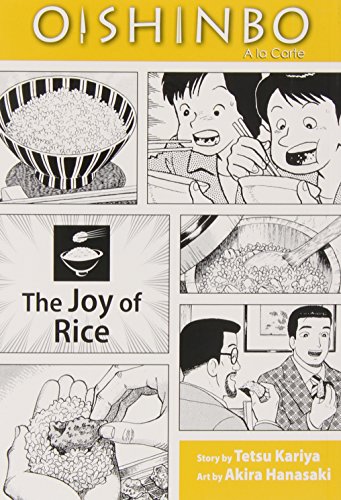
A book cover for Oishinbo: Ã  la Carte, Vol. 6: The Joy of Rice; Tetsu Kariya; Teen & Young Adult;